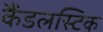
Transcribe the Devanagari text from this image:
कैंडलस्टिक